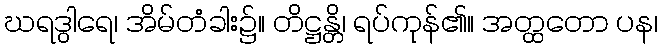
ဃရဒွါရေ၊ အိမ်တံခါး၌။ တိဋ္ဌန္တိ၊ ရပ်ကုန်၏။ အတ္ထတော ပန၊